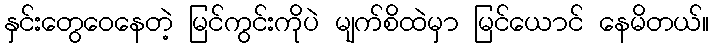
နှင်းတွေဝေနေတဲ့ မြင်ကွင်းကိုပဲ မျက်စိထဲမှာ မြင်ယောင် နေမိတယ်။